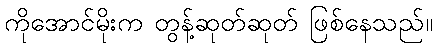
ကိုအောင်မိုးက တွန့်ဆုတ်ဆုတ် ဖြစ်နေသည်။